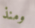
ومنذ